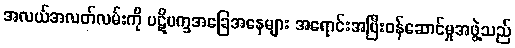
အလယ်အလတ်လမ်းကို ပဋိပက္ခအခြေအနေများ အရောင်းအပြီးဝန်ဆောင်မှုအဖွဲ့သည်